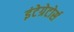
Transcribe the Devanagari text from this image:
इंटेग्रेटोर्स